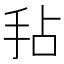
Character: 𫼜